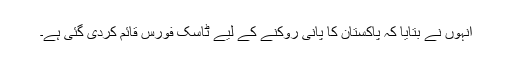
انہوں نے بتایا کہ پاکستان کا پانی روکنے کے لیے ٹاسک فورس قائم کردی گئی ہے۔